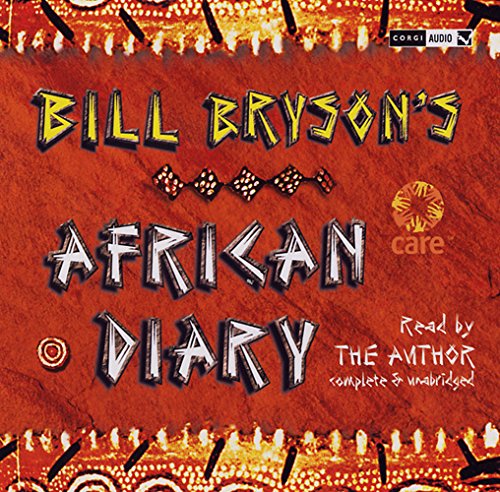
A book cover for Bill Bryson African Diary; Bill Bryson; Travel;